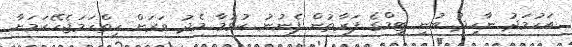
އަހުމަދު ނާހިދު ބުނީ ޓީމްގެ ފަރާތުން ފެނުނު ކުޅުމާ މެދު ވަރަށް ހިތްހަމަޖެހޭކަމަށާ